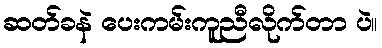
ဆတ်ခနဲ ပေးကမ်းကူညီလိုက်တာ ပဲ။